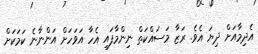
އެދިމާއަށް ދިޔަ އެވެ. ރަޒާ މަސައްކަތް ނިންމާފައި އެހާ އަވަހަށް އަންނާނެ ކަމަކަށް